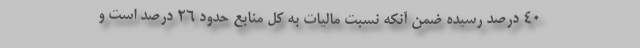
۴۰ درصد رسیده ضمن آنکه نسبت مالیات به کل منابع حدود ۲۶ درصد است و